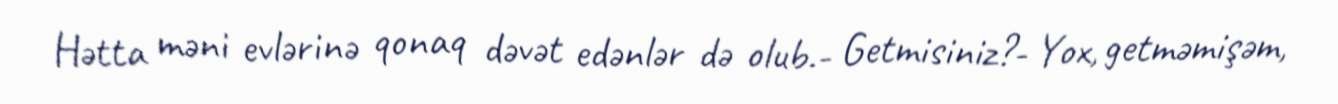
Hətta məni evlərinə qonaq dəvət edənlər də olub.- Getmisiniz?- Yox, getməmişəm,